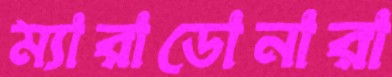
ম্যারাডোনারা